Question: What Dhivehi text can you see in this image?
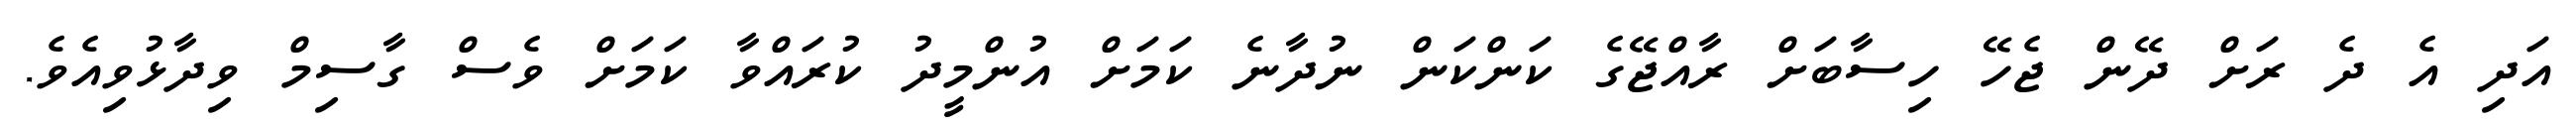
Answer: އަދި އެ ދެ ރަށް ދޭން ޖެހޭ ހިސާބަށް ރާއްޖޭގެ ކަންކަން ނުދާނެ ކަމަށް އުންމީދު ކުރައްވާ ކަމަށް ވެސް ގާސިމް ވިދާޅުވިއެވެ.